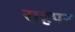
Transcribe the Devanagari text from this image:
राहपर